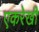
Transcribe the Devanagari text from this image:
एकरेखी